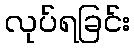
လုပ်ရခြင်း